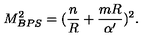
M _ { B P S } ^ { 2 } = ( { \frac { n } { R } } + { \frac { m R } { \alpha ^ { \prime } } } ) ^ { 2 } .